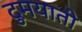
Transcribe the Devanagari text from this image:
दुमयाती